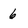
Character: 6